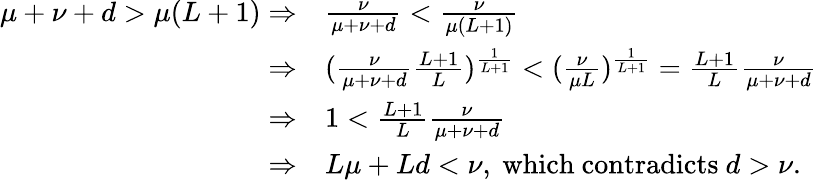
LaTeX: \begin{array}{rl}{\mu+\nu+d>\mu(L+1)\Rightarrow}&{\frac{\nu}{\mu+\nu+d}<\frac{\nu}{\mu(L+1)}}\\ {\Rightarrow}&{(\frac{\nu}{\mu+\nu+d}\frac{L+1}{L})^{\frac{1}{L+1}}<(\frac{\nu}{\mu L})^{\frac{1}{L+1}}=\frac{L+1}{L}\frac{\nu}{\mu+\nu+d}}\\ {\Rightarrow}&{1<\frac{L+1}{L}\frac{\nu}{\mu+\nu+d}}\\ {\Rightarrow}&{L\mu+Ld<\nu,\mathrm{~which~contradicts~}d>\nu.}\end{array}